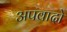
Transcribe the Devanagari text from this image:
अपवादो